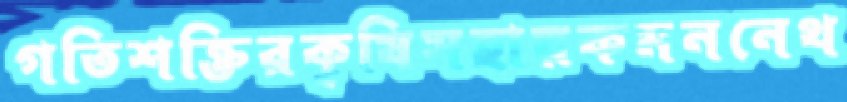
গতিশক্তিরকৃষিসহায়কমননেথ